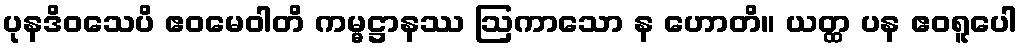
ပုနဒိဝသေပိ ဧဝမေဝါတိ ကမ္မဋ္ဌာနဿ ဩကာသော န ဟောတိ။ ယတ္ထ ပန ဧဝရူပေါ